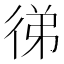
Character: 㣢